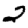
Digit: 2